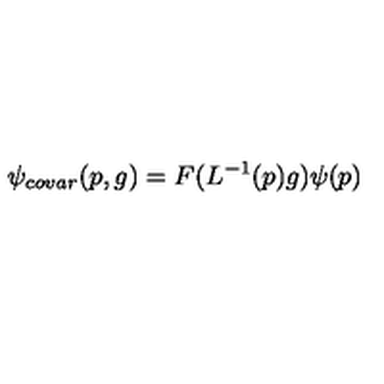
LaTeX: \psi _ { c o v a r } ( p , g ) = F ( L ^ { - 1 } ( p ) g ) \psi ( p )